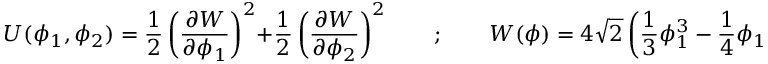
U ( \phi _ { 1 } , \phi _ { 2 } ) = \frac { 1 } { 2 } \left( \frac { \partial W } { \partial \phi _ { 1 } } \right) ^ { 2 } + \frac { 1 } { 2 } \left( \frac { \partial W } { \partial \phi _ { 2 } } \right) ^ { 2 } \qquad ; \qquad W ( \phi ) = 4 \sqrt { 2 } \left( \frac { 1 } { 3 } \phi _ { 1 } ^ { 3 } - \frac { 1 } { 4 } \phi _ { 1 } + \frac { \sigma } { 2 } \phi _ { 1 } \phi _ { 2 } ^ { 2 } \right)